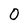
Character: 0